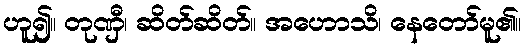
ဟူ၍။ တုဏှီ၊ ဆိတ်ဆိတ်။ အဟောသိ၊ နေတော်မူ၏။